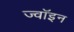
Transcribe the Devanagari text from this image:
ज्‍वॉइन